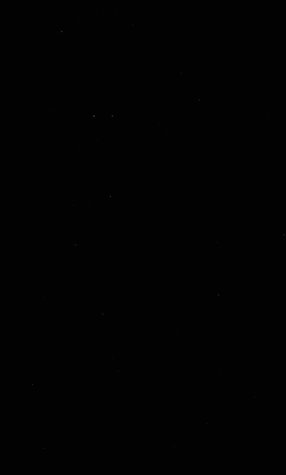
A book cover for The Geography of Soils: Formation, Distribution, and Management, 2nd Edition; Donald Steila; Science & Math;